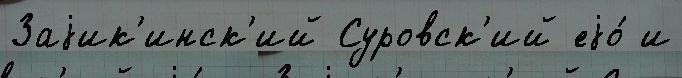
Заjик'инск'ий Суровск'ий еjо́ и